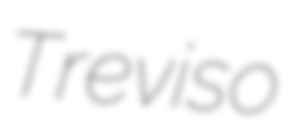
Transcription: Treviso